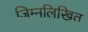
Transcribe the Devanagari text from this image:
जिम्नलिखित